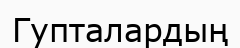
Гупталардың